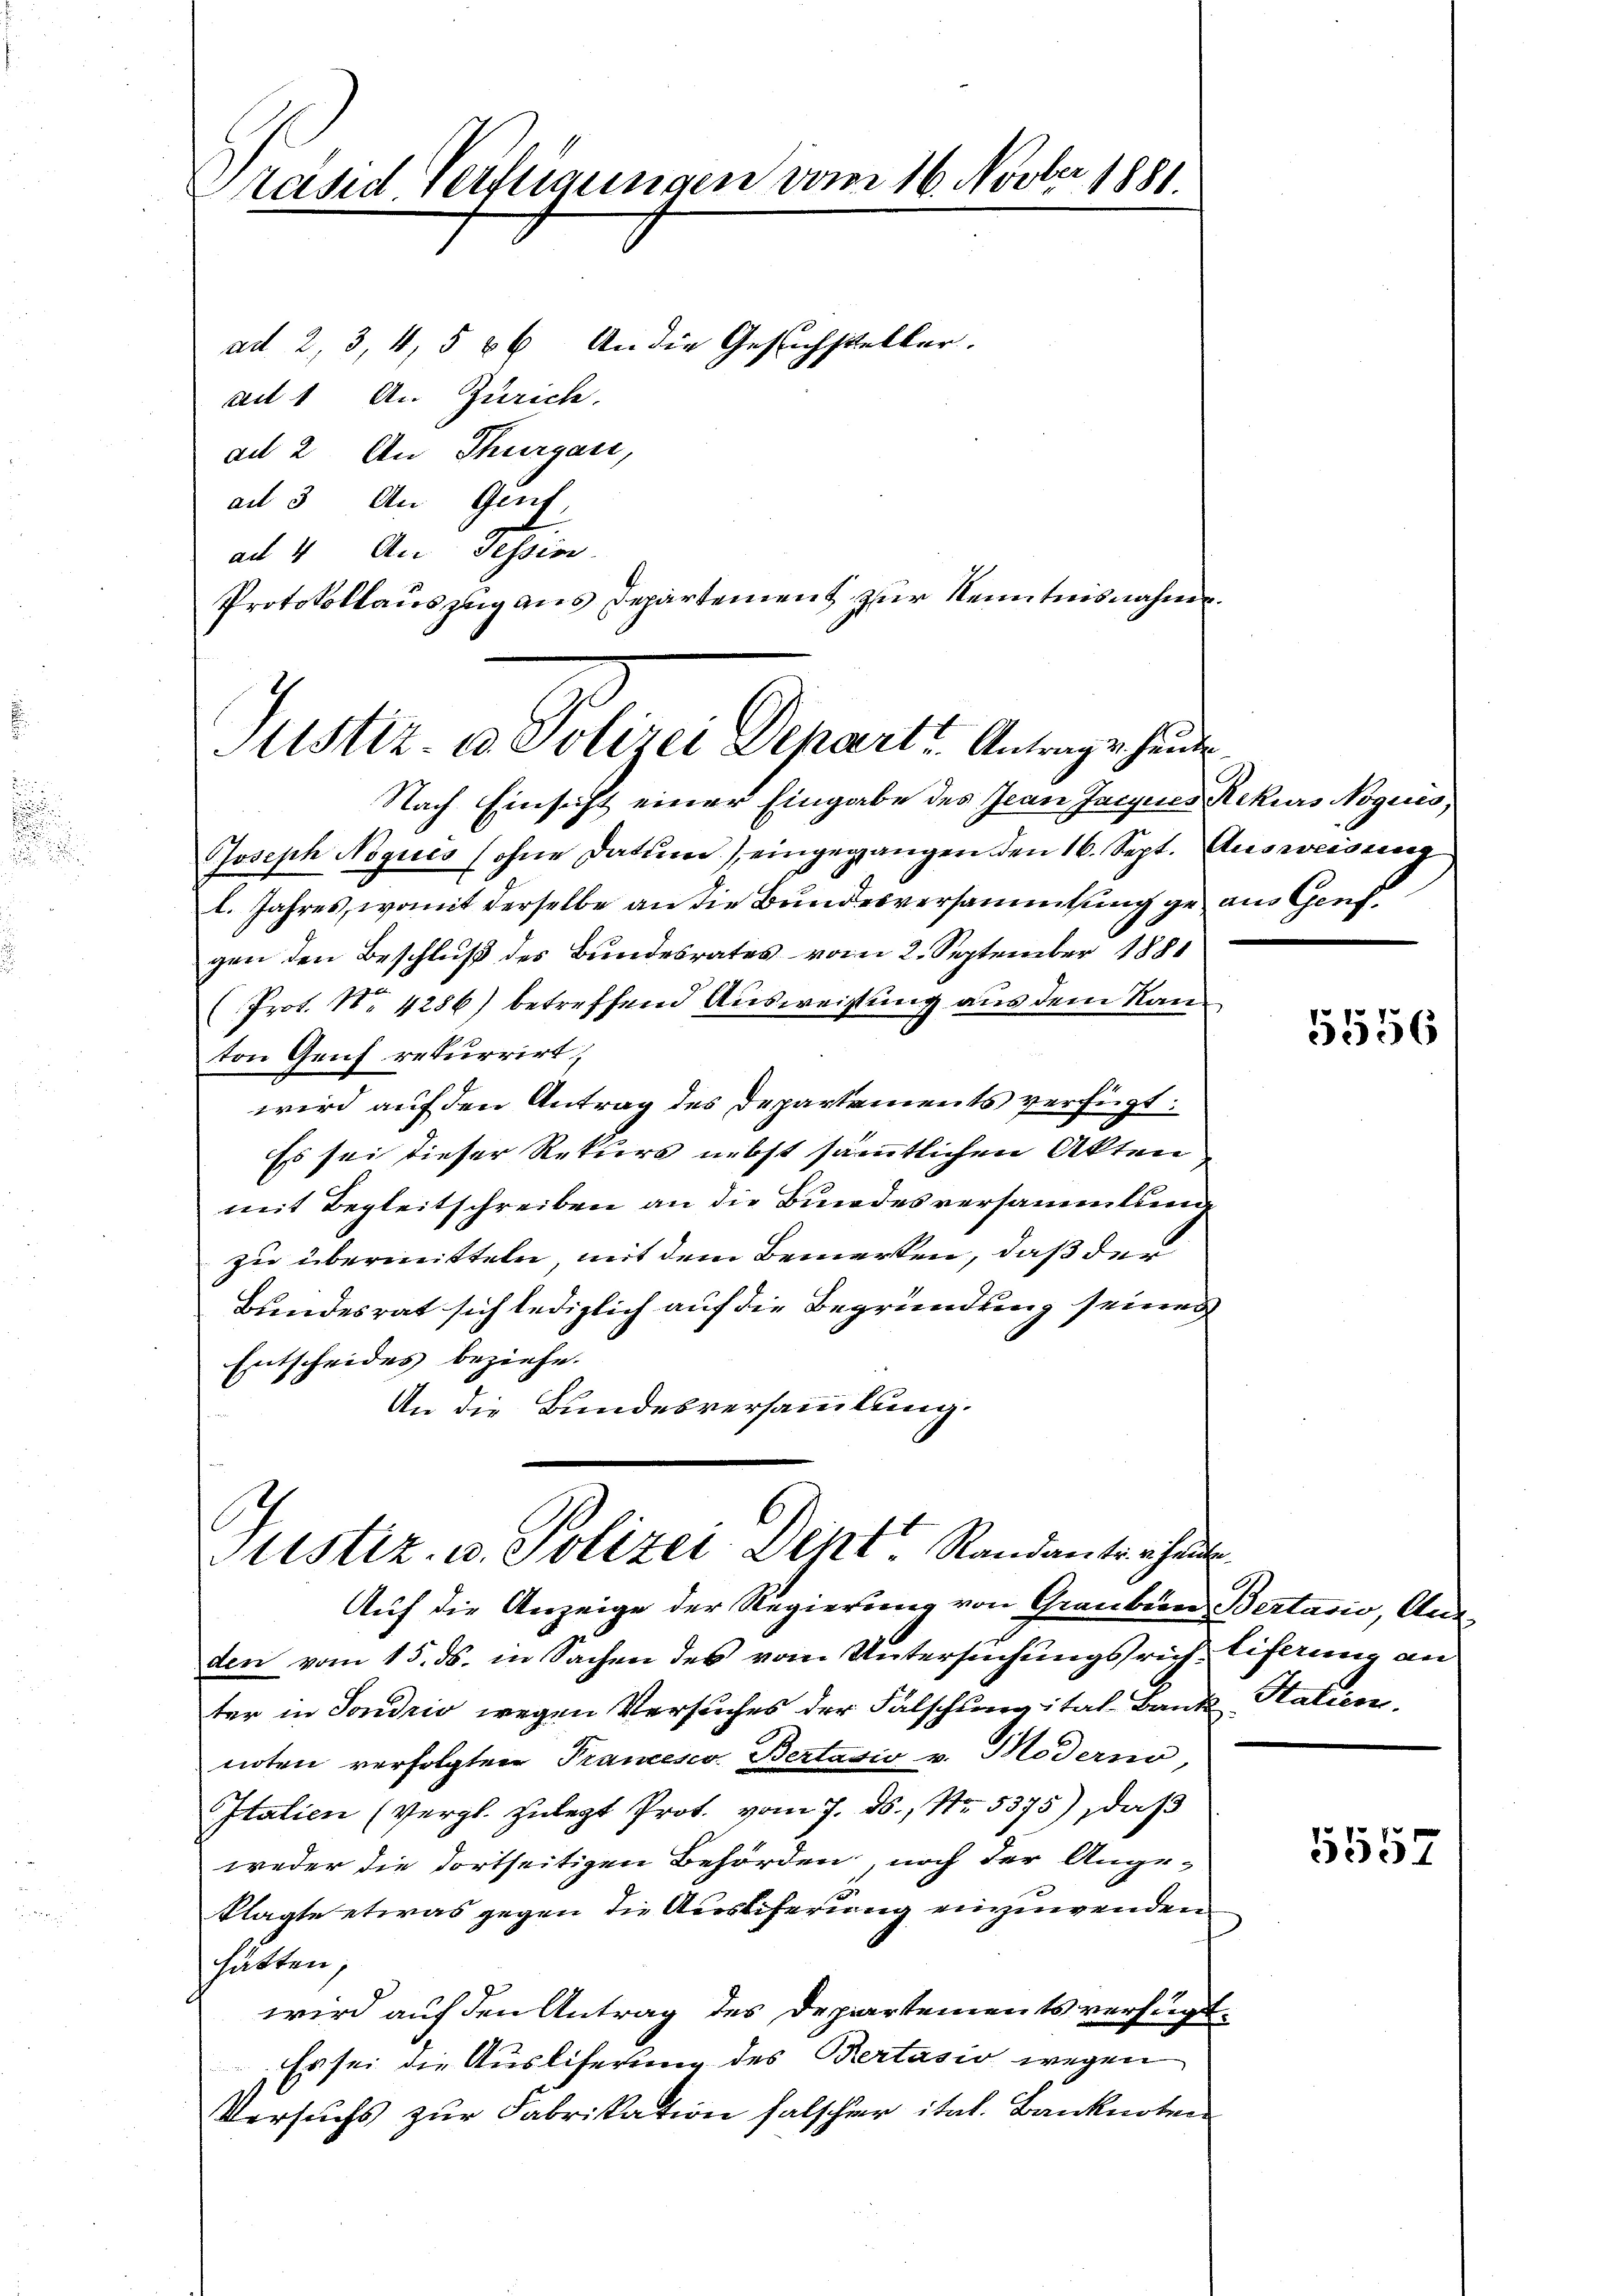
ased Verfügungen vom 16. Novber 1881.

ad 2, 3, 4, § 86 An die Gesuchsteller.
au 1 An Zürich.
ad 2. An Thurgau,
ad 3 An Genf,
ad 4. An Tessin
Protokollauszug aus Departement zur Kenntnisnahme.

Justiz- & Polizei Depart Antrage heute.

Nach Einsicht einer Eingabe des Jean Jacques Rekurs Nogues.
Joseph Noqucs (ohne Datum) eingegangen den 16. Sept. Ausweisung
l. Jahres, womit derselbe an die Bundesversammlung gen aus Genfgen den Beschluß des Bundesrates vom 2. September 1884
(Prot. No 4286) betreffend Ausweistung aus dem Kanton Genf rekurrirt,
wird auf den Antrag des Departements verfügt:
Es sei dieser Rekurs nebst sämmtlichen Akten
mit Begleitschreiben an die Bundesversammlung
zu übermitteln, mit dem Bemerken, daß der
Bundesrat sich lediglich auf die Begründung seines
Entscheides beziehe.
An die Bundesversammlung.

Justiz- u. Polizei Deht. Standanter heute

Auf die Anzeige der Regierung von Graubien Bertario, Ausden vom 15. ds. in Sachen des vom Untersuchungsrich Eiferung an
ter in Sondrio wegen Versuches der Falschung ital Bank, Statien
noten verfolgter Prancesco Bertasio v. Moderno,
Italien (Vergl. zulegt Prot. vom 7. ds., Nr. 5375), daß
weder die dortseitigen Behörden, noch der Ange-
klagte etwas gegen die Auslieferung einzuwenden.
hätten,
wird auf den Antrag des Departements verfügt.
Es sei die Auslieferung des Bertasio wegen
Versuchs zur Fabrikation falscher ital. Banknoten

5556

5557